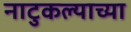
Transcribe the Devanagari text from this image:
नाटुकल्याच्या